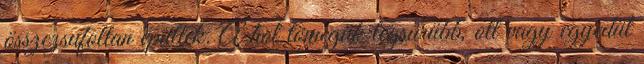
összezsufoltan épültek. A hol tömegük legsürübb, ott vagy egyedül